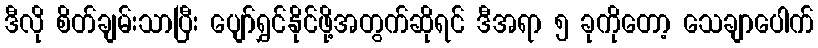
ဒီလို စိတ်ချမ်းသာပြီး ပျော်ရွှင်နိုင်ဖို့အတွက်ဆိုရင် ဒီအရာ ၅ ခုကိုတော့ သေချာပေါက်